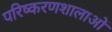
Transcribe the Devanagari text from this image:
परिष्करणशालाओं